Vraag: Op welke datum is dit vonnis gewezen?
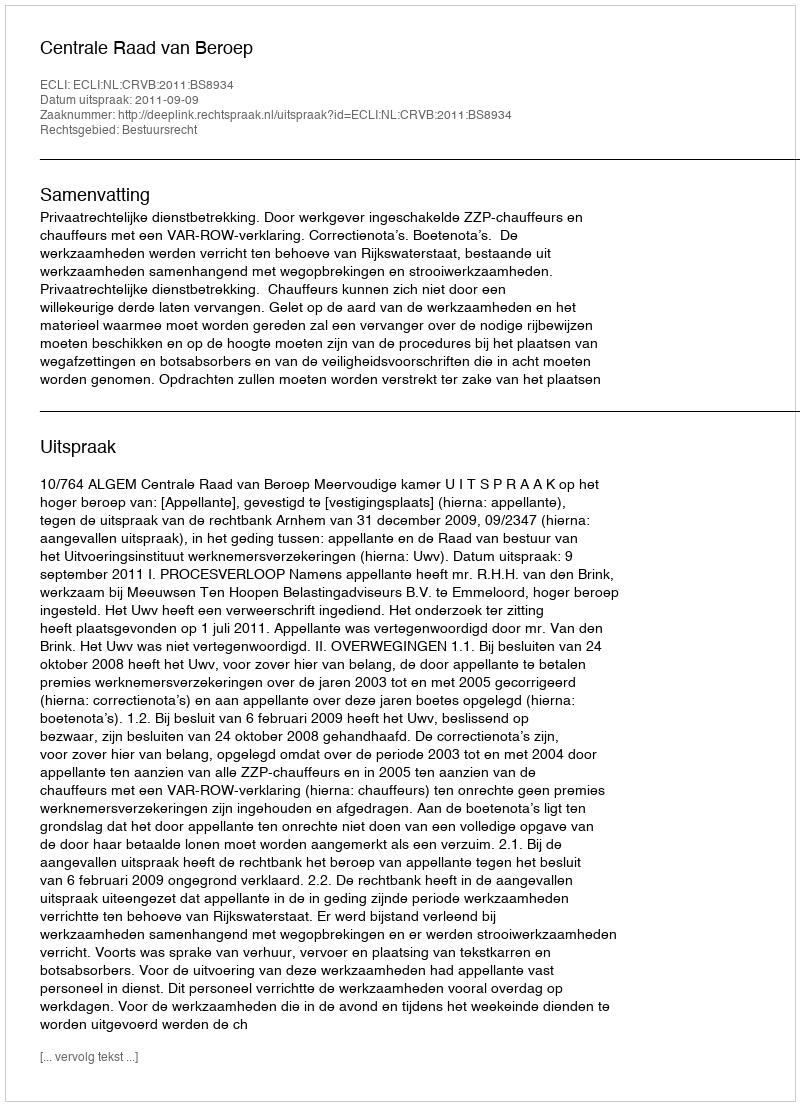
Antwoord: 2011-09-09